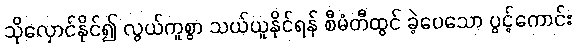
သိုလှောင်နိုင်၍ လွယ်ကူစွာ သယ်ယူနိုင်ရန် စီမံတီထွင် ခဲ့ပေသော ပွင့်ကောင်း